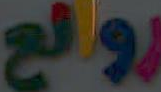
رولع